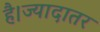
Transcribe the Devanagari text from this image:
है।ज्यादातर